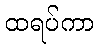
ထရပ်ကာ